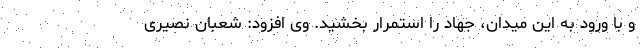
و با ورود به این میدان، جهاد را استمرار بخشید. وی افزود: شعبان نصیری